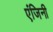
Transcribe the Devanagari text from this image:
एंजिनी